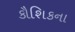
કૌશિકના